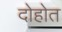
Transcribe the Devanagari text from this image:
दोहोत